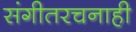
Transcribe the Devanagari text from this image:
संगीतरचनाही